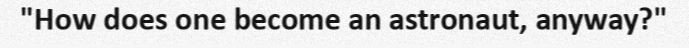
"How does one become an astronaut, anyway?"